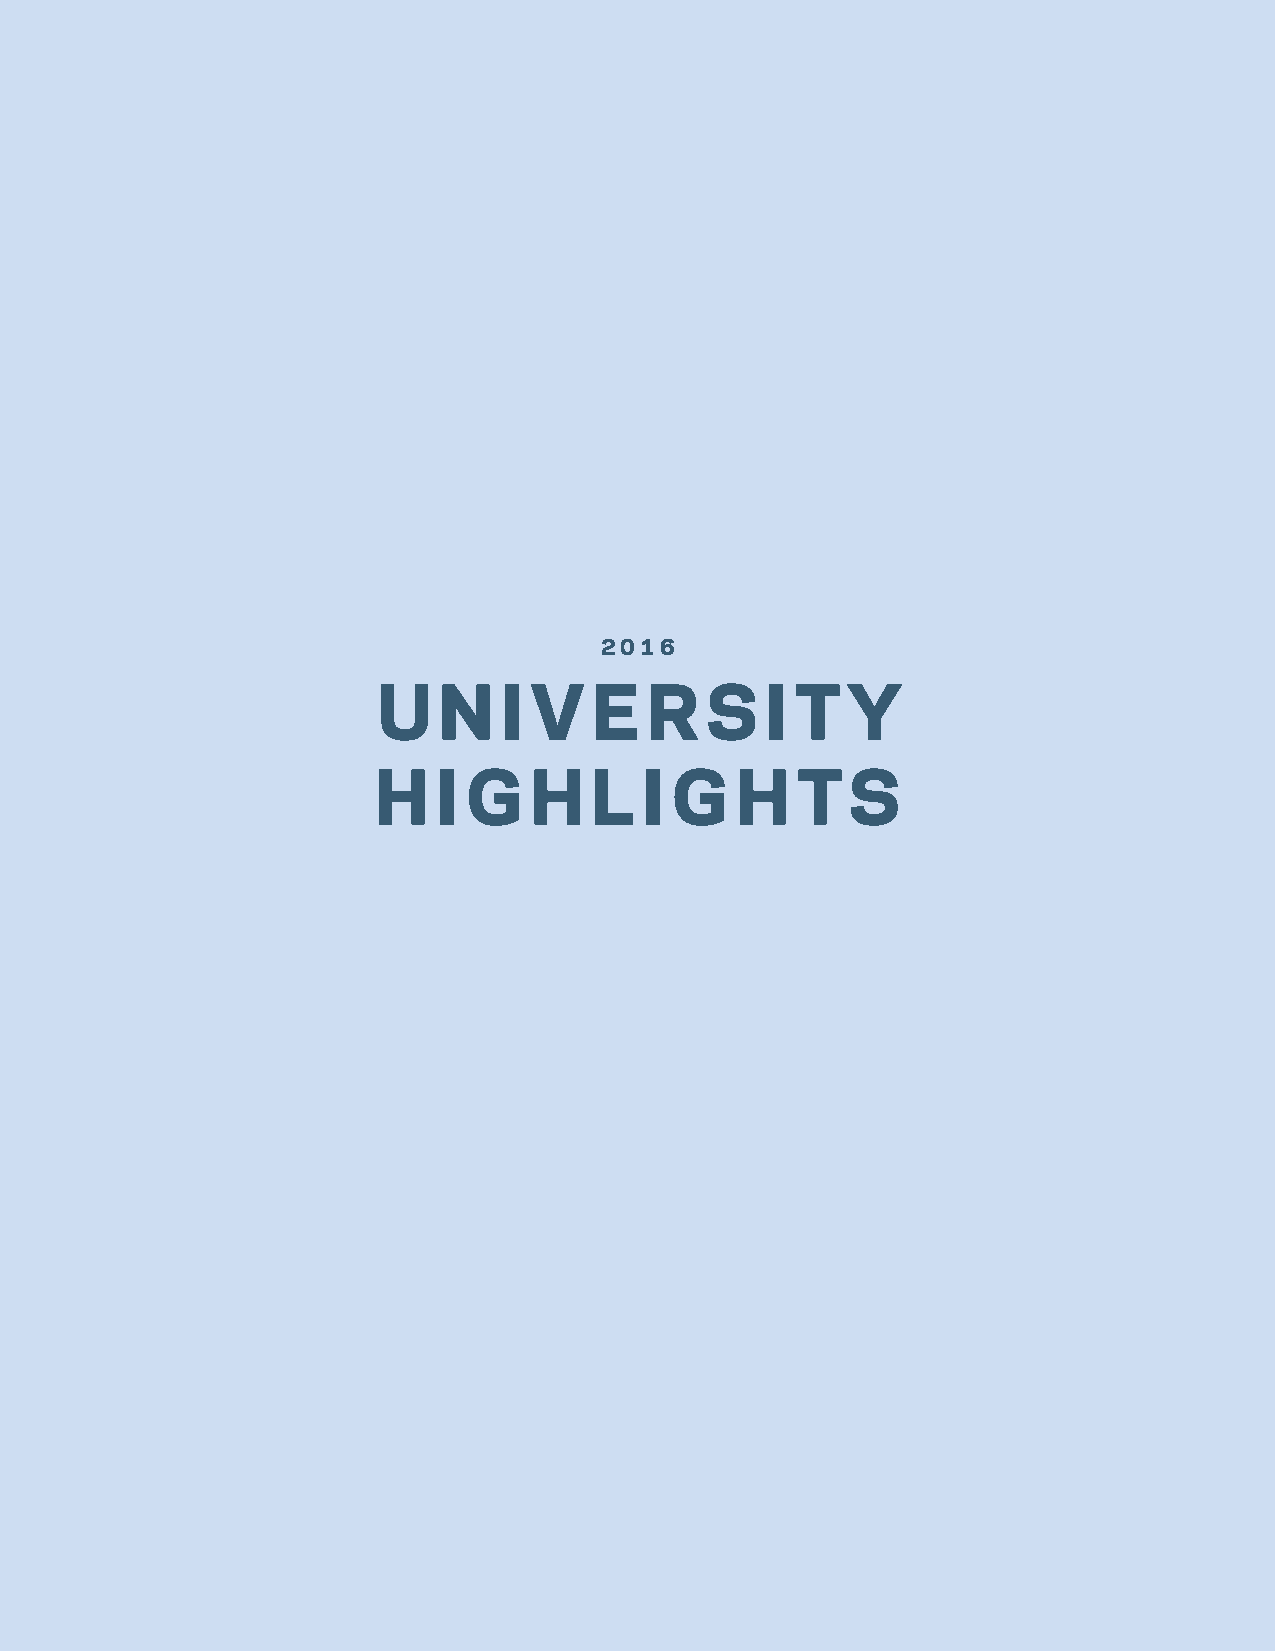
2016
 U   N   I V   E   R   S   I T  Y
 H   I G   H   L  I G    H   TS
 14